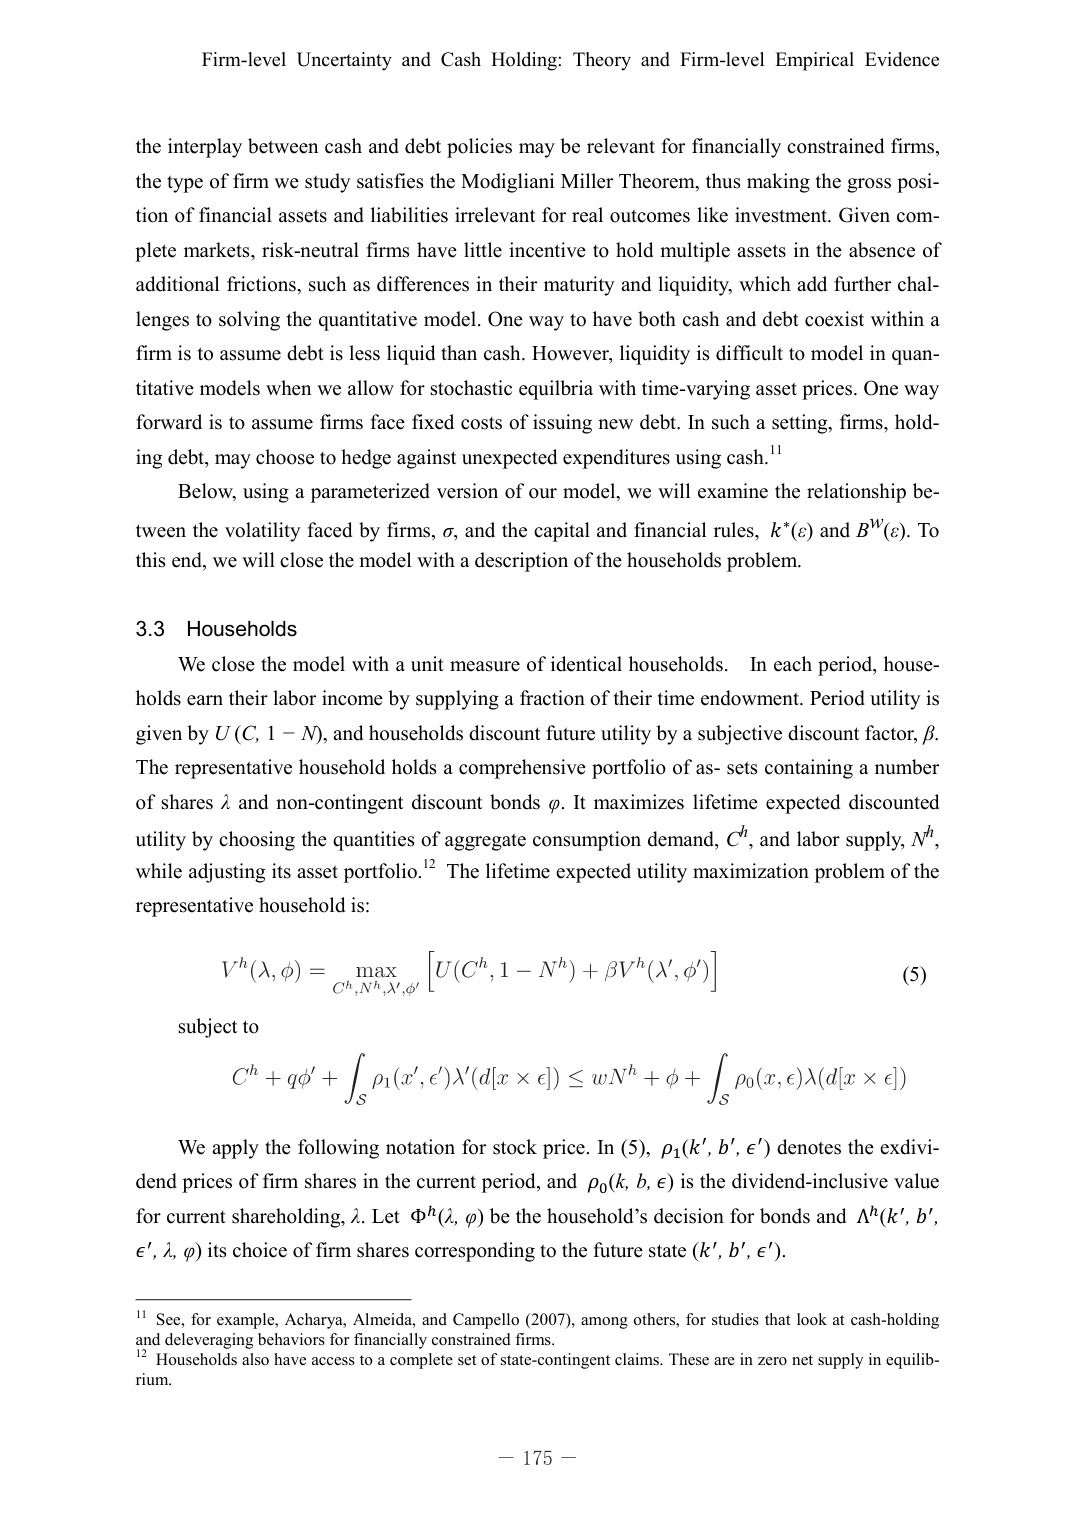
Firm-level Uncertainty and Cash Holding: Theory and Firm-level Empirical Evidence

the interplay between cash and debt policies may be relevant for financially constrained firms, the type of firm we study satisfies the Modigliani Miller Theorem, thus making the gross position of financial assets and liabilities irrelevant for real outcomes like investment. Given complete markets, risk-neutral firms have little incentive to hold multiple assets in the absence of additional frictions, such as differences in their maturity and liquidity, which add further challenges to solving the quantitative model. One way to have both cash and debt coexist within a firm is to assume debt is less liquid than cash. However, liquidity is difficult to model in quantitative models when we allow for stochastic equilibria with time-varying asset prices. One way forward is to assume firms face fixed costs of issuing new debt. In such a setting, firms, holding debt, may choose to hedge against unexpected expenditures using cash.¹¹

Below, using a parameterized version of our model, we will examine the relationship between the volatility faced by firms, σ, and the capital and financial rules, k*(ε) and B^W(ε). To this end, we will close the model with a description of the households problem.

3.3 Households

We close the model with a unit measure of identical households. In each period, households earn their labor income by supplying a fraction of their time endowment. Period utility is given by U(C, 1−N), and households discount future utility by a subjective discount factor, β. The representative household holds a comprehensive portfolio of assets containing a number of shares λ and non-contingent discount bonds φ. It maximizes lifetime expected discounted utility by choosing the quantities of aggregate consumption demand, C^h, and labor supply, N^h, while adjusting its asset portfolio.¹² The lifetime expected utility maximization problem of the representative household is:

V^h(λ, φ) = max_{C^h, N^h, λ', φ'} [U(C^h, 1−N^h) + βV^h(λ', φ')]   (5)

subject to

C^h + qφ' + ∫_S ρ₁(x', ε') λ'(d[x × ε]) ≤ wN^h + φ + ∫_S ρ₀(x, ε) λ(d[x × ε])

We apply the following notation for stock price. In (5), ρ₁(k', b', ε') denotes the ex-dividend prices of firm shares in the current period, and ρ₀(k, b, ε) is the dividend-inclusive value for current shareholding, λ. Let Φ^h(λ, φ) be the household’s decision for bonds and Λ^h(k', b', ε', λ, φ) its choice of firm shares corresponding to the future state (k', b', ε').

¹¹ See, for example, Acharya, Almeida, and Campello (2007), among others, for studies that look at cash-holding and deleveraging behaviors for financially constrained firms.

¹² Households also have access to a complete set of state-contingent claims. These are in zero net supply in equilibrium.

— 175 —